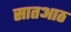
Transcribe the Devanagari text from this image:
सातआठ